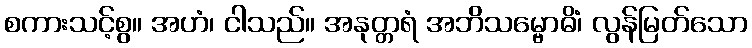
စကားသင့်စွ။ အဟံ၊ ငါသည်။ အနုတ္တရံ အဘိသမ္ဗောဓိံ၊ လွန်မြတ်သော